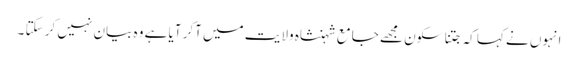
انہوں نے کہا کہ جتنا سکون مجھے جامع شہنشاہ ولایت میں آکر آیا ہے وہ بیان نہیں کر سکتا ۔